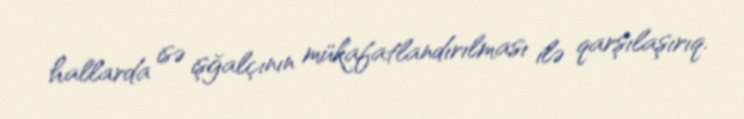
hallarda isə işğalçının mükafatlandırılması ilə qarşılaşırıq.